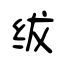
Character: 绂